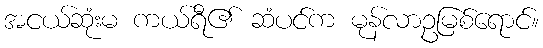
အငယ်ဆုံးမ ကယ်ရီ၏ ဆံပင်က မုန်လာဥမြစ်ရောင်။